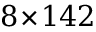
{ 8 \! \times \! 1 4 2 }